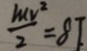
\frac { m v ^ { 2 } } { 2 } = 8 T _ { \cdot }